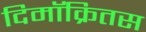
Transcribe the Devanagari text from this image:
दिमॉक्रितस